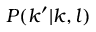
P ( k ^ { \prime } | k , l )